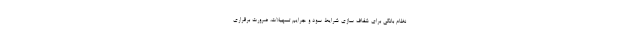
نظام بانکی برای شفاف سازی شرایط سود و جرایم تسهیلات، ضرورت برقراری